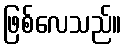
ဖြစ်လေသည်။